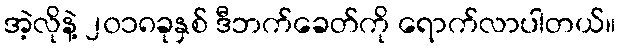
အဲ့လိုနဲ့ ၂၀၁၈ခုနှစ် ဒီဘက်ခေတ်ကို ရောက်လာပါတယ်။